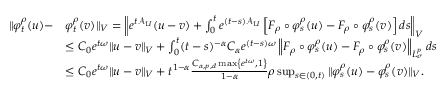
\begin{array} { r l } { \Vert \varphi _ { t } ^ { \rho } ( u ) - } & { \varphi _ { t } ^ { \rho } ( v ) \Vert _ { V } = \left\Vert e ^ { t \mathcal { A } _ { U } } ( u - v ) + \int _ { 0 } ^ { t } e ^ { ( t - s ) \mathcal { A } _ { U } } \left[ F _ { \rho } \circ \varphi _ { s } ^ { \rho } ( u ) - F _ { \rho } \circ \varphi _ { s } ^ { \rho } ( v ) \right] d s \right\Vert _ { V } } \\ & { \leq C _ { 0 } e ^ { t \omega } \Vert u - v \Vert _ { V } + \int _ { 0 } ^ { t } ( t - s ) ^ { - \alpha } C _ { \alpha } e ^ { ( t - s ) \omega } \left\Vert F _ { \rho } \circ \varphi _ { s } ^ { \rho } ( u ) - F _ { \rho } \circ \varphi _ { s } ^ { \rho } ( v ) \right\Vert _ { L _ { \sigma } ^ { p } } d s } \\ & { \leq C _ { 0 } e ^ { t \omega } \Vert u - v \Vert _ { V } + t ^ { 1 - \alpha } \frac { C _ { \alpha , p , d } \operatorname* { m a x } \left\{ e ^ { t \omega } , 1 \right\} } { 1 - \alpha } \rho \operatorname* { s u p } _ { s \in ( 0 , t ) } \Vert \varphi _ { s } ^ { \rho } ( u ) - \varphi _ { s } ^ { \rho } ( v ) \Vert _ { V } . } \end{array}